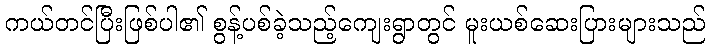
ကယ်တင်ပြီးဖြစ်ပါ၏ စွန့်ပစ်ခဲ့သည့်ကျေးရွာတွင် မူးယစ်ဆေးပြားများသည်